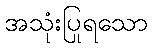
အသုံးပြုရသော